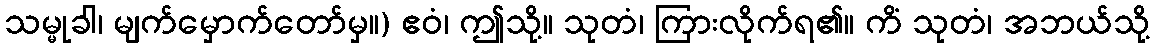
သမ္မုခါ၊ မျက်မှောက်တော်မှ။) ဧဝံ၊ ဤသို့။ သုတံ၊ ကြားလိုက်ရ၏။ ကိံ သုတံ၊ အဘယ်သို့